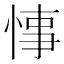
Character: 𢜝